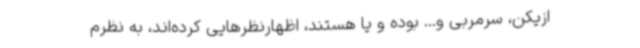
ازیکن، سرمربی و... بوده و یا هستند، اظهارنظرهایی کرده‌اند، به نظرم